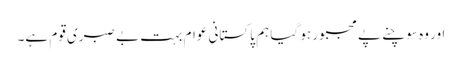
اور وہ سوچنے پے مجبور ہو گیا ہم پاکستانی عوام بہت بے صبری قوم ہے۔